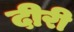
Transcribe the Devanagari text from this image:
दीरी